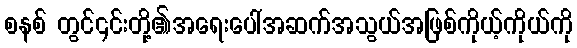
စနစ် တွင်၎င်းတို့၏အရေးပေါ်အဆက်အသွယ်အဖြစ်ကိုယ့်ကိုယ်ကို